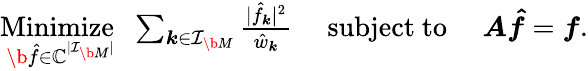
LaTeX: \begin{array}{r}{\underset{\b{\hat{f}}\in\mathbb C^{|\mathcal I_{\b{M}}|}}{\mathrm{Minimize~}}\, \, \sum_{\boldsymbol k\in\mathcal I_{\b{M}}}\frac{|\hat{f}_{\boldsymbol k}|^{2}}{\hat{w}_{\boldsymbol k}}\quad\mathrm{~subject~to~}\quad\boldsymbol A\boldsymbol{\hat{f}}=\boldsymbol f.}\end{array}